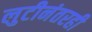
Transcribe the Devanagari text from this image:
लुटीनंतरही